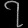
Digit: ၇